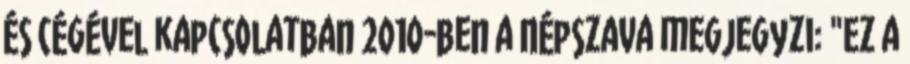
és cégével kapcsolatban 2010-ben a Népszava megjegyzi: "Ez a